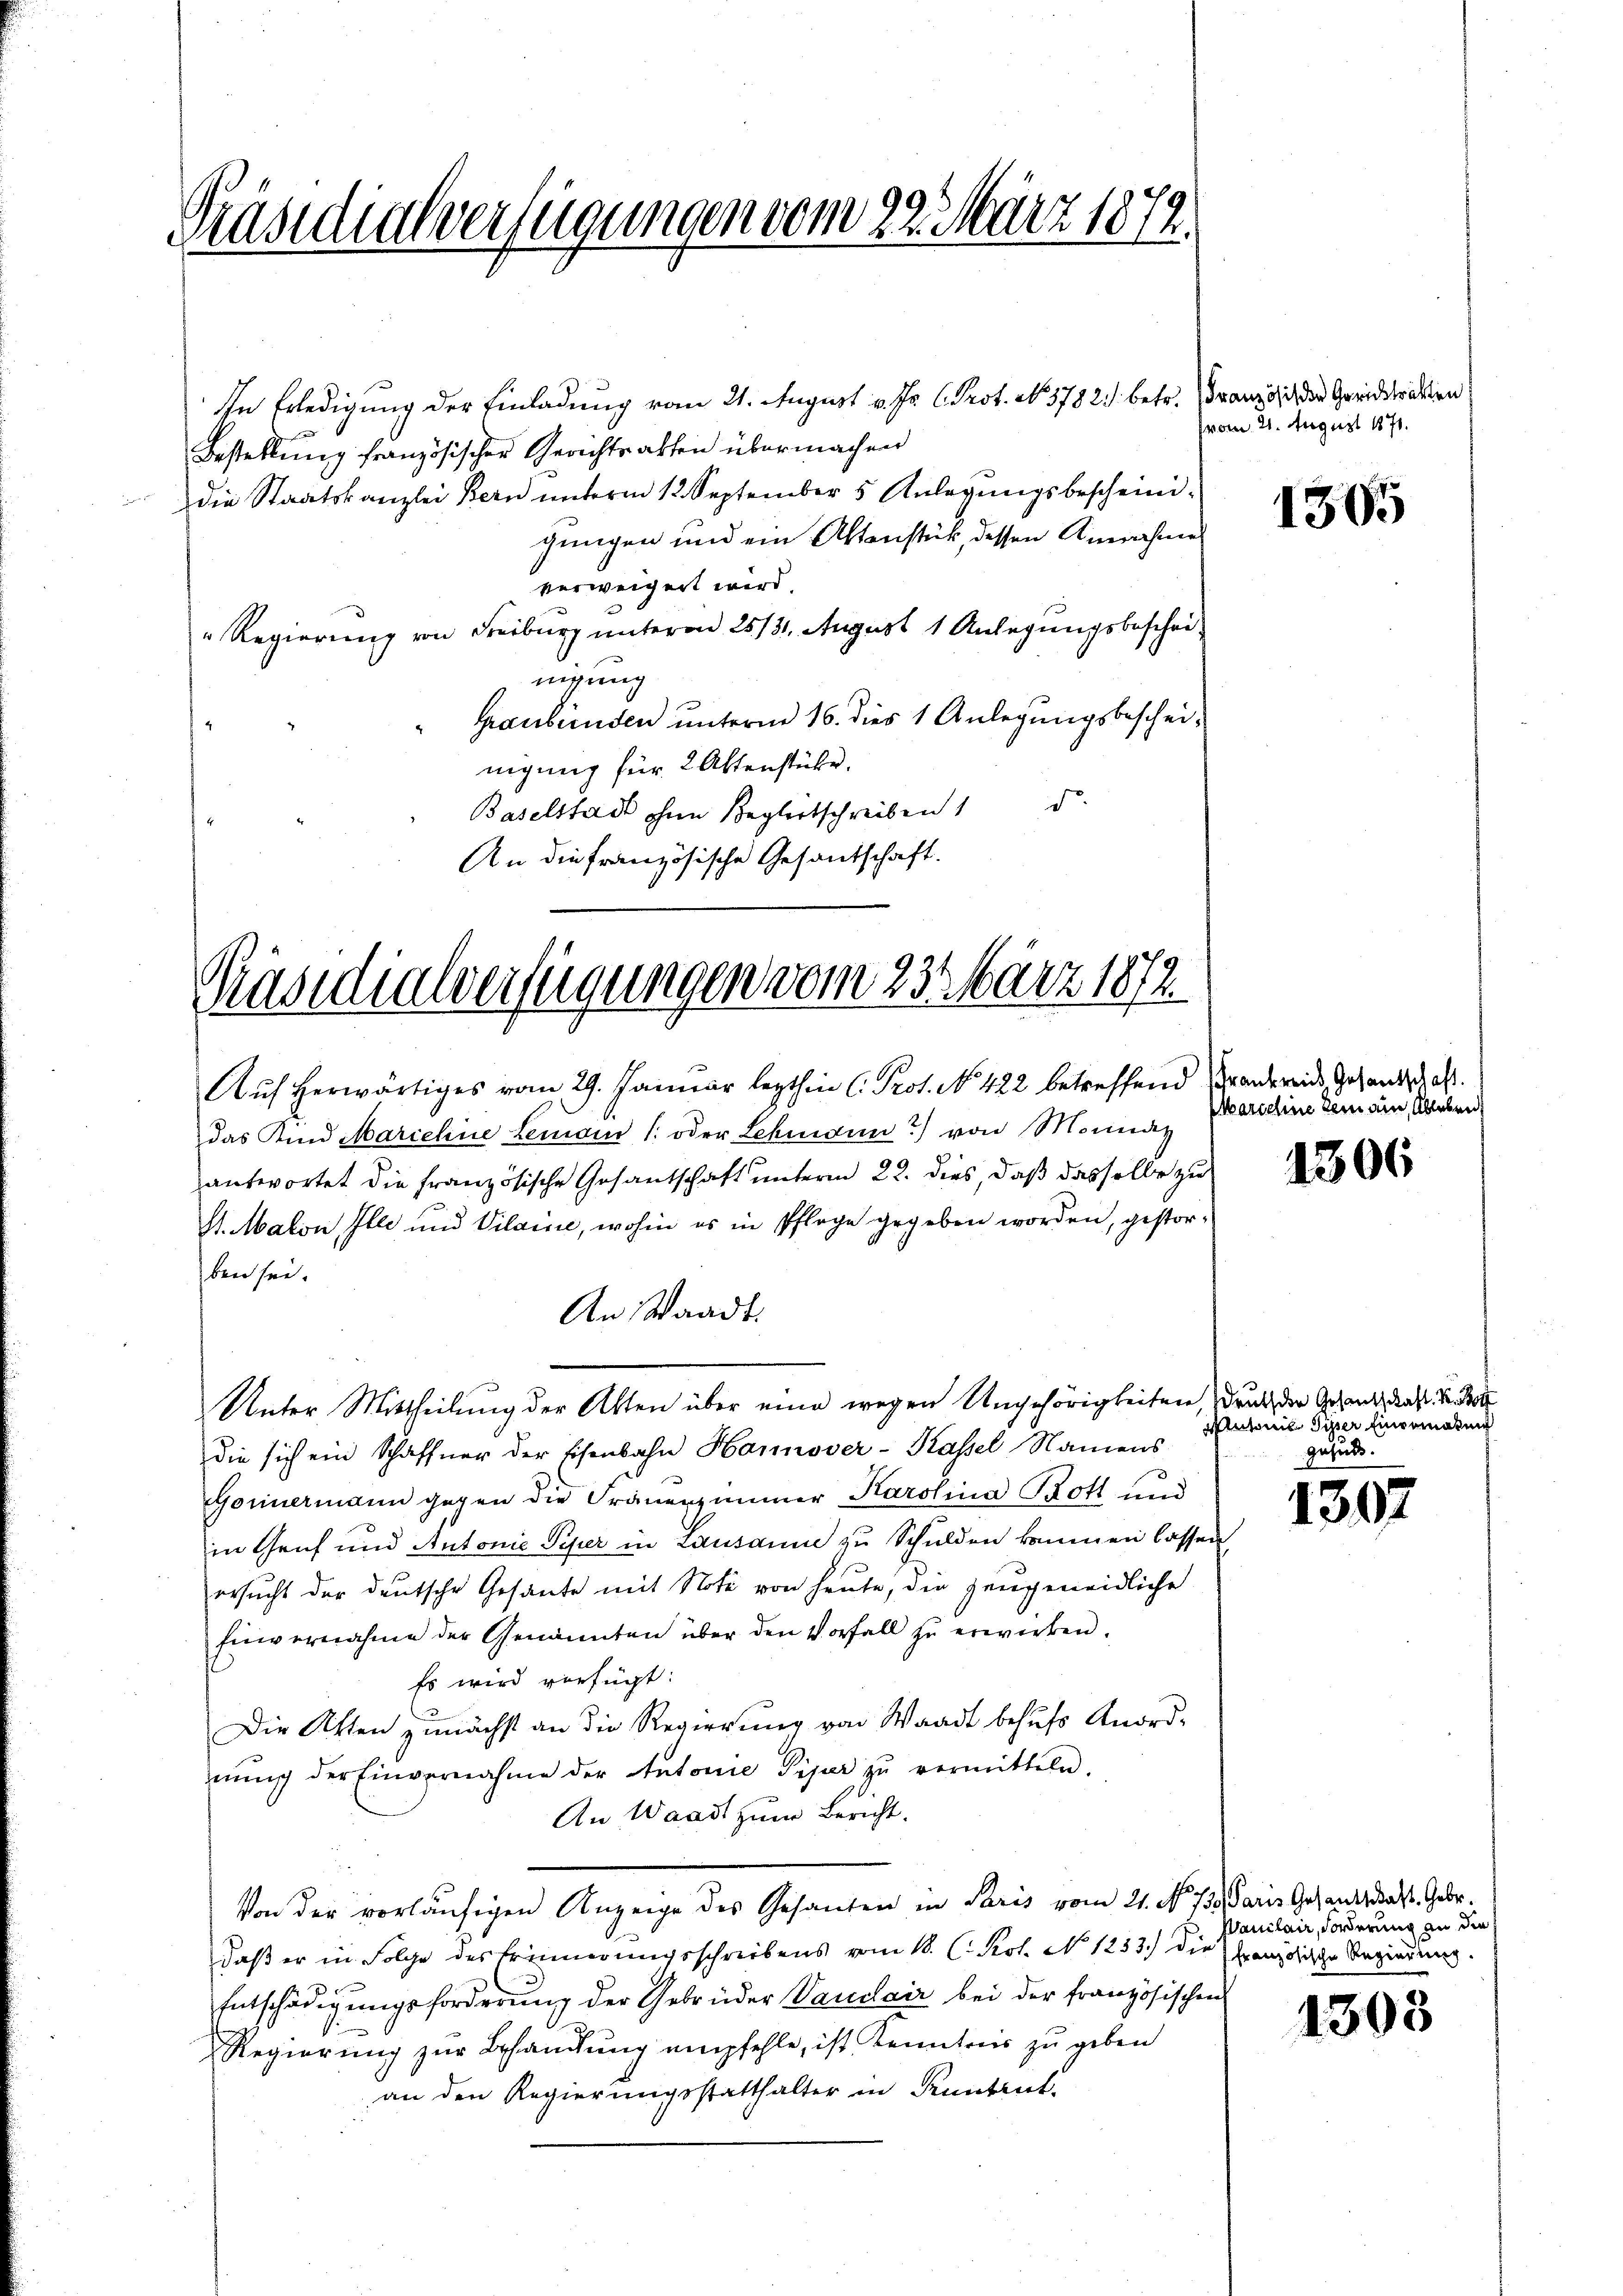
Präsidialverfügungen vom 22. März 1872.

In Erledigung der Einladung vom 21. August v. Js. l. Prot. No. 3782. betr. Französis die Gerichttrakten
Bestellung französischer Gerichtsakten übermachen
die Staatskanzlei Bern unterm 12. September 5 Anlegungsbescheinigungen und ein Altenstück, dessen Annahme
verweigert wird.
" Regierung von Freiburg unterm 25/31. August 1 Anlegŭngsbeschei-
nigung
Graubünden unterm 16. dies 1 Anlegungsbescheinigung für 2 Aktenstücke.
d
Baselstadt ohne Beglertschreiben
An die französische Gesandschaft.

Präsidialverfügungen vom 23. März 1872

Auf herwärtiges vom 29. Januar lezthin C. Prot. No. 422 betreffend andereins, Gesandschaft.
das Kind Marichine Lemain /: oder Lehmann) von Monat
antwortet die französische Gesantschaft unterm 22. dies, daß dasselbe zu
St. Malon Ille und Vilaine, wohin es in Pflege gegeben worden, gestorben sei.
An Waadt.
Unter Mittheilung der Akten über eine wegen Ungehörigkeiten, druck der Gesand, das S
Die sich ein Schaffner der Eisenbahn Hannover-Kassel Namens
Gorinermann gegen die Trauerzimmer Karolina Trott und
in Graf und Antonie Piper in Lausanne zu Schulden kommen lassen,
ersucht der deutsche Gesante mit Note von heute, die zeugeneidliche
Einvernahme der Genannten über den Vorfall zŭ erwirken.
Es wird verfügt:
Die Akten zunächst an die Regierung von Waadt behufs Anord-
nŭng der Einvernahme der Autorie Piper zŭ vermitteln.
An Waadt zum Bericht.
Von der vorläufigen Anzeige des Gesanten in Paris vom 21. No. 173. Paris Gesants das Gebr.
daß er in Folge des Erinnerungsschriebens vom 18. C. Kot. N. 1233.) die französische Regierung
c
Entschädigungsforderung der Gebrüder Vaudlair bei der französischen
Regierung zur Behandlung empfehle, ist Kenntnis zu geben
an den Regierungsstatthalter in Runtrut.

(vom 21. August 1871.

1305

Marschine Dein ein, Ableben

1306

1302

Autoris Piper Einpemakung
nhut.

Manilair, Forderung an die

1308